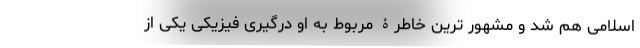
اسلامی هم شد و مشهور ترین خاطرۀ مربوط به او درگیری فیزیکی یکی از